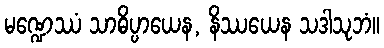
မဏ္ဍေဿံ သာဓိပ္ပာယေန, နိဿယေန သဒါသုဘံ။